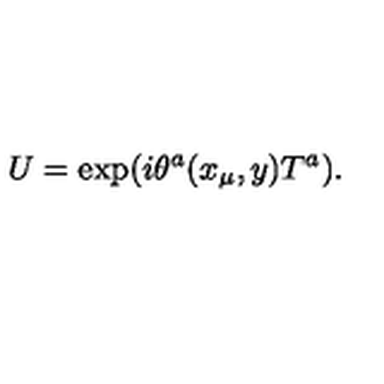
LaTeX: U = \exp ( i \theta ^ { a } ( x _ { \mu } , y ) T ^ { a } ) .